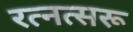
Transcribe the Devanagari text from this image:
रत्नत्सरू